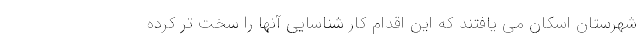
شهرستان اسکان می یافتند که این اقدام کار شناسایی آنها را سخت تر کرده